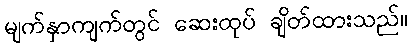
မျက်နှာကျက်တွင် ဆေးထုပ် ချိတ်ထားသည်။